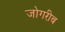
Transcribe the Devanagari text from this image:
जोगरीब